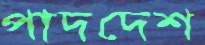
পাদদেশ